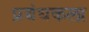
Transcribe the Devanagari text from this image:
प्रबंधकला